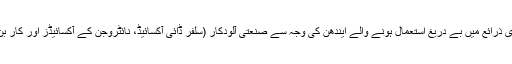
صنعتوں، فیکٹریوں، کارخانوں، ٹرانسپورٹ اور دیگر پیداواری ذرائع میں بے دریغ استعمال ہونے والے ایندھن کی وجہ سے صنعتی آلودکار (سلفر ڈائی آکسائیڈ، نائٹروجن کے آکسائیڈز اور کار بن ڈائی آکسائیڈ وغیرہ) تیزی سے فضا میں اکٹھے ہو رہے ہیں۔